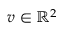
\boldsymbol { v } \in \mathbb { R } ^ { 2 }